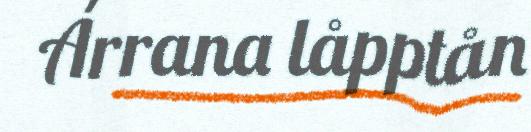
Árrana låpptån